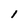
Character: l